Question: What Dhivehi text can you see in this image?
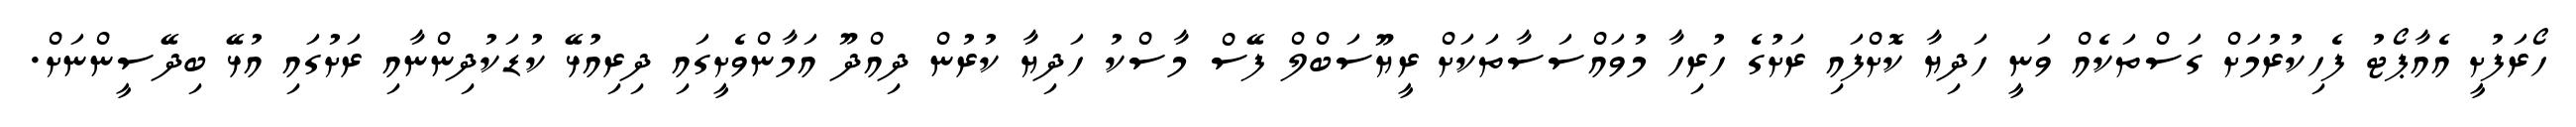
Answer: ހޯރަފުށީ އެއާޕޯޓު ފެހިކުރުމަށް ގަސްތަކެއް ވަނީ ހަދިޔާ ކޮށްފައި ރަށުގެ ހުރިހާ މުވައްސަސާތަކަށް ރީޔޫސަބްލް ފޭސް މާސްކު ހަދިޔާ ކުރުން ދިއްދޫ އަމާންވެށީގައި ދިރިއުޅޭ ކުޑަކުދިންނާއި ރަށުގައި އުޅޭ ބިދޭސީންނަށް.